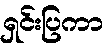
ရှင်းပြကာ